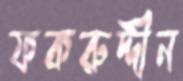
ফকরুদ্দীন